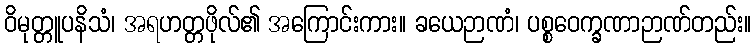
ဝိမုတ္တူပနိသံ၊ အရဟတ္တဖိုလ်၏ အကြောင်းကား။ ခယေဉာဏံ၊ ပစ္စဝေက္ခဏာဉာဏ်တည်း။